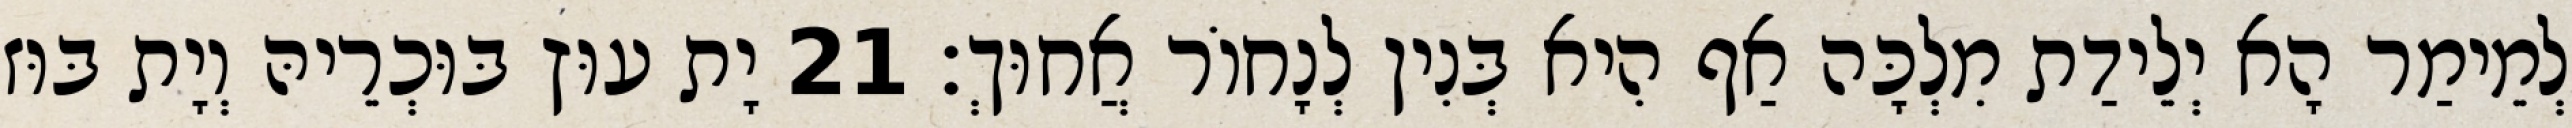
לְמֵימַר הָא יְלֵידַת מִלְכָּה אַף הִיא בְּנִין לְנָחוֹר אֲחוּךְ׃ 21 יָת עוּץ בּוּכְרֵיהּ וְיָת בּוּז